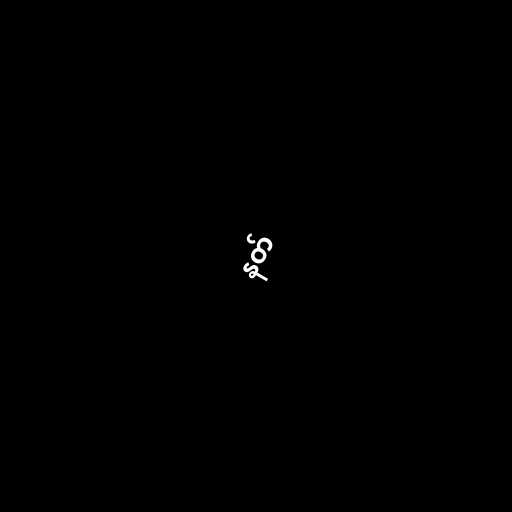
နတ်